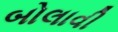
બોલાવી